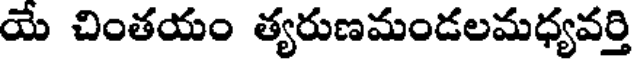
యే చింతయం త్యరుణమండలమధ్యవర్తి